Indian journal of veterinary science and animal husbandry - Volume 14,
Year: 1944
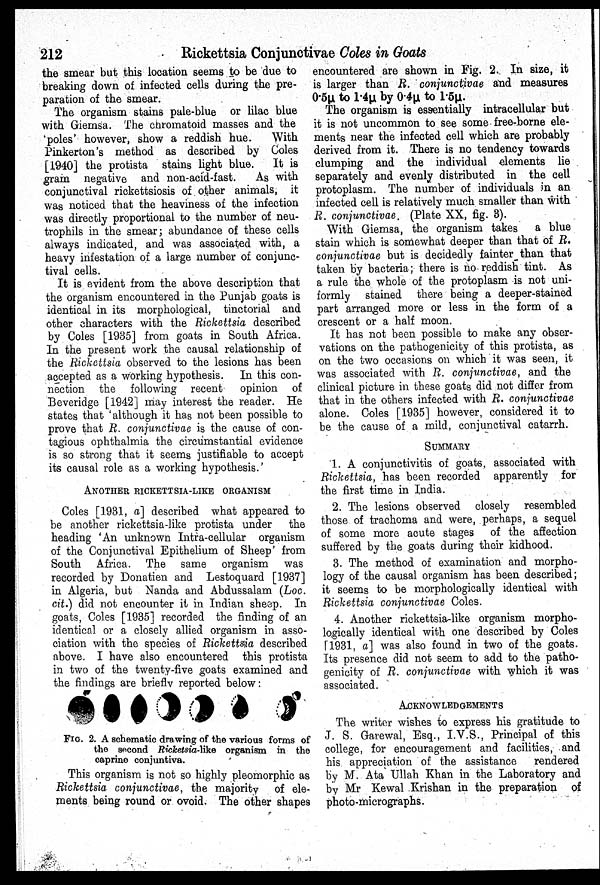
212
Rickettsia Conjunctivae Coles in Goats
the smear but this location seems to be due to
breaking down of infected cells during the pre-
paration of the smear.
The organism stains pale-blue or lilac blue
with Giemsa. The cnromatoid masses and the
'poles' however, show a reddish hue.
With
Pinkerton's method as described by Coles
[1940] the protista stains light blue.
It is
gram negative and non-acid-fast.
As with
conjunctival rickettsiosis of other animals, it
was noticed that the heaviness of the infection
was directly proportional to the number of neu-
trophils in the smear; abundance of these cells
always indicated, and was associated with, a
heavy infestation of a large number of conjunc-
tival cells.
It is evident from the above description that
the organism encountered in the Punjab goats is
identical in its morphological, tinctorial and
other characters with the Rickettsia described
by Coles [1935] from goats in South Africa.
In the present work the causal relationship of
the Rickettsia observed to the lesions has been
accepted as a working hypothesis. In this con-
nection the following recent
opinion of
Beveridge [1942] may interest the reader. He
states that 'although it has not been possible to
prove that R. conjunctivae is the cause of con-
tagious ophthalmia the circumstantial evidence
is so strong that it seems justifiable to accept
its causal role as a working hypothesis.'
ANOTHER RICKETTSIA-LIKE ORGANISM
Coles [1931, a] described what appeared to
be another rickettsia-like protista under
the
heading 'An unknown Intra-cellular organism
of the Conjunctival Epithelium of Sheep' from
South Africa. The same organism was
recorded by Donatien and Lestoquard [1937]
in Algeria, but Nanda and Abdussalam (Loc.
cit.) did not encounter it in Indian sheep. In
goats, Coles [1935] recorded the finding of an
identical or a closely allied organism in asso-
ciation with the species of Rickettsia described
above. I have also encountered this protista
in two of the twenty-five goats examined and
the findings are briefly reported below:
FIG. 2. A schematic drawing of the various forms of
the second Ricketsia-like organism in the
caprine conjuntiva.
This organism is not so highly pleomorphic as
Rickettsia conjunctivae, the majority
of ele-
ments being round or ovoid. The other shapes
encountered are shown in Fig. 2. In size, it
is larger than R. conjunctivae and measures
0.5µ to 1.4µ by 0.4µ to 1.5µ.
The organism is essentially intracellular but
it is not uncommon to see some free-borne ele-
ments near the infected cell which are probably
derived from it. There is no tendency towards
clumping and the individual elements lie
separately and evenly distributed in the cell
protoplasm. The number of individuals in an
infected cell is relatively much smaller than with
R. conjunctivae. (Plate XX, fig. 3).
With Giemsa, the organism takes
a blue
stain which is somewhat deeper than that of R.
conjunctivae but is decidedly fainter than that
taken by bacteria; there is no reddish tint. As
a rule the whole of the protoplasm is not uni-
formly stained there being a deeper-stained
part arranged more or less in the form of a
crescent or a half moon.
It has not been possible to make any obser-
vations on the pathogenicity of this protista, as
on the two occasions on which it was seen, it
was associated with R. conjunctivae, and the
clinical picture in these goats did not differ from
that in the others infected with R. conjunctivae
alone. Coles [1935] however, considered it to
be the cause of a mild, conjunctival catarrh.
SUMMARY
1. A conjunctivitis of goats, associated with
Rickettsia, has been recorded apparently for
the first time in India.
2. The lesions observed closely resembled
those of trachoma and were, perhaps, a sequel
of some more acute stages of the affection
suffered by the goats during their kidhood.
3. The method of examination and morpho-
logy of the causal organism has been described;
it seems to be morphologically identical with
Rickettsia conjunctivae Coles.
4. Another rickettsia-like organism morpho-
logically identical with one described by Coles
[1931, a] was also found in two of the goats.
Its presence did not seem to add to the patho-
genicity of R. conjunctivae with which it was
associated.
ACKNOWLEDGEMENTS
The writer wishes to express his gratitude to
J. S. Garewal, Esq., I.V.S., Principal of this
college, for encouragement and facilities, and
his appreciation of the assistance
rendered
by M. Ata Ullah Khan in the Laboratory and
by Mr Kewal Krishan in the preparation of
photo-micrographs.